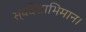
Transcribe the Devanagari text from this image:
स्वदेशाभिमान।